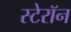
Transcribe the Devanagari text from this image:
स्टेरॉन